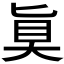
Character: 𫞲